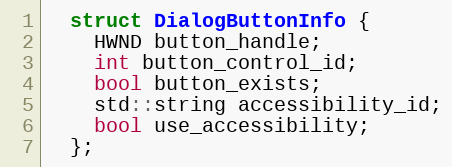
Language: C
  struct DialogButtonInfo {
    HWND button_handle;
    int button_control_id;
    bool button_exists;
    std::string accessibility_id;
    bool use_accessibility;
  };